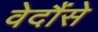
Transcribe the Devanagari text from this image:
वेदौंसे